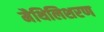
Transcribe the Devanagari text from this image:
मैथिलिशरण